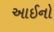
આઈનો